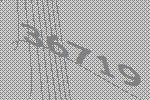
36719